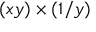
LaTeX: ( x y ) \times ( 1 / y )